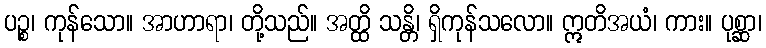
ပဉ္စ၊ ကုန်သော။ အာဟာရာ၊ တို့သည်။ အတ္ထိ သန္တိ၊ ရှိကုန်သလော။ ဣတိအယံ၊ ကား။ ပုစ္ဆာ၊